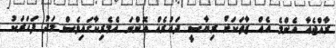
ރާއްޖެއާ އެންމެ އެއް ޒާތަކަށް ރިޔާސީ ދައުރެއް އޮންނަ އެމެރިކާގައިވެސް މަދު ފަހަރަކު